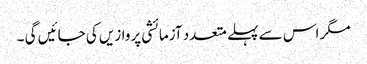
مگر اس سے پہلے متعدد آزمائشی پروازیں کی جائیں گی ۔